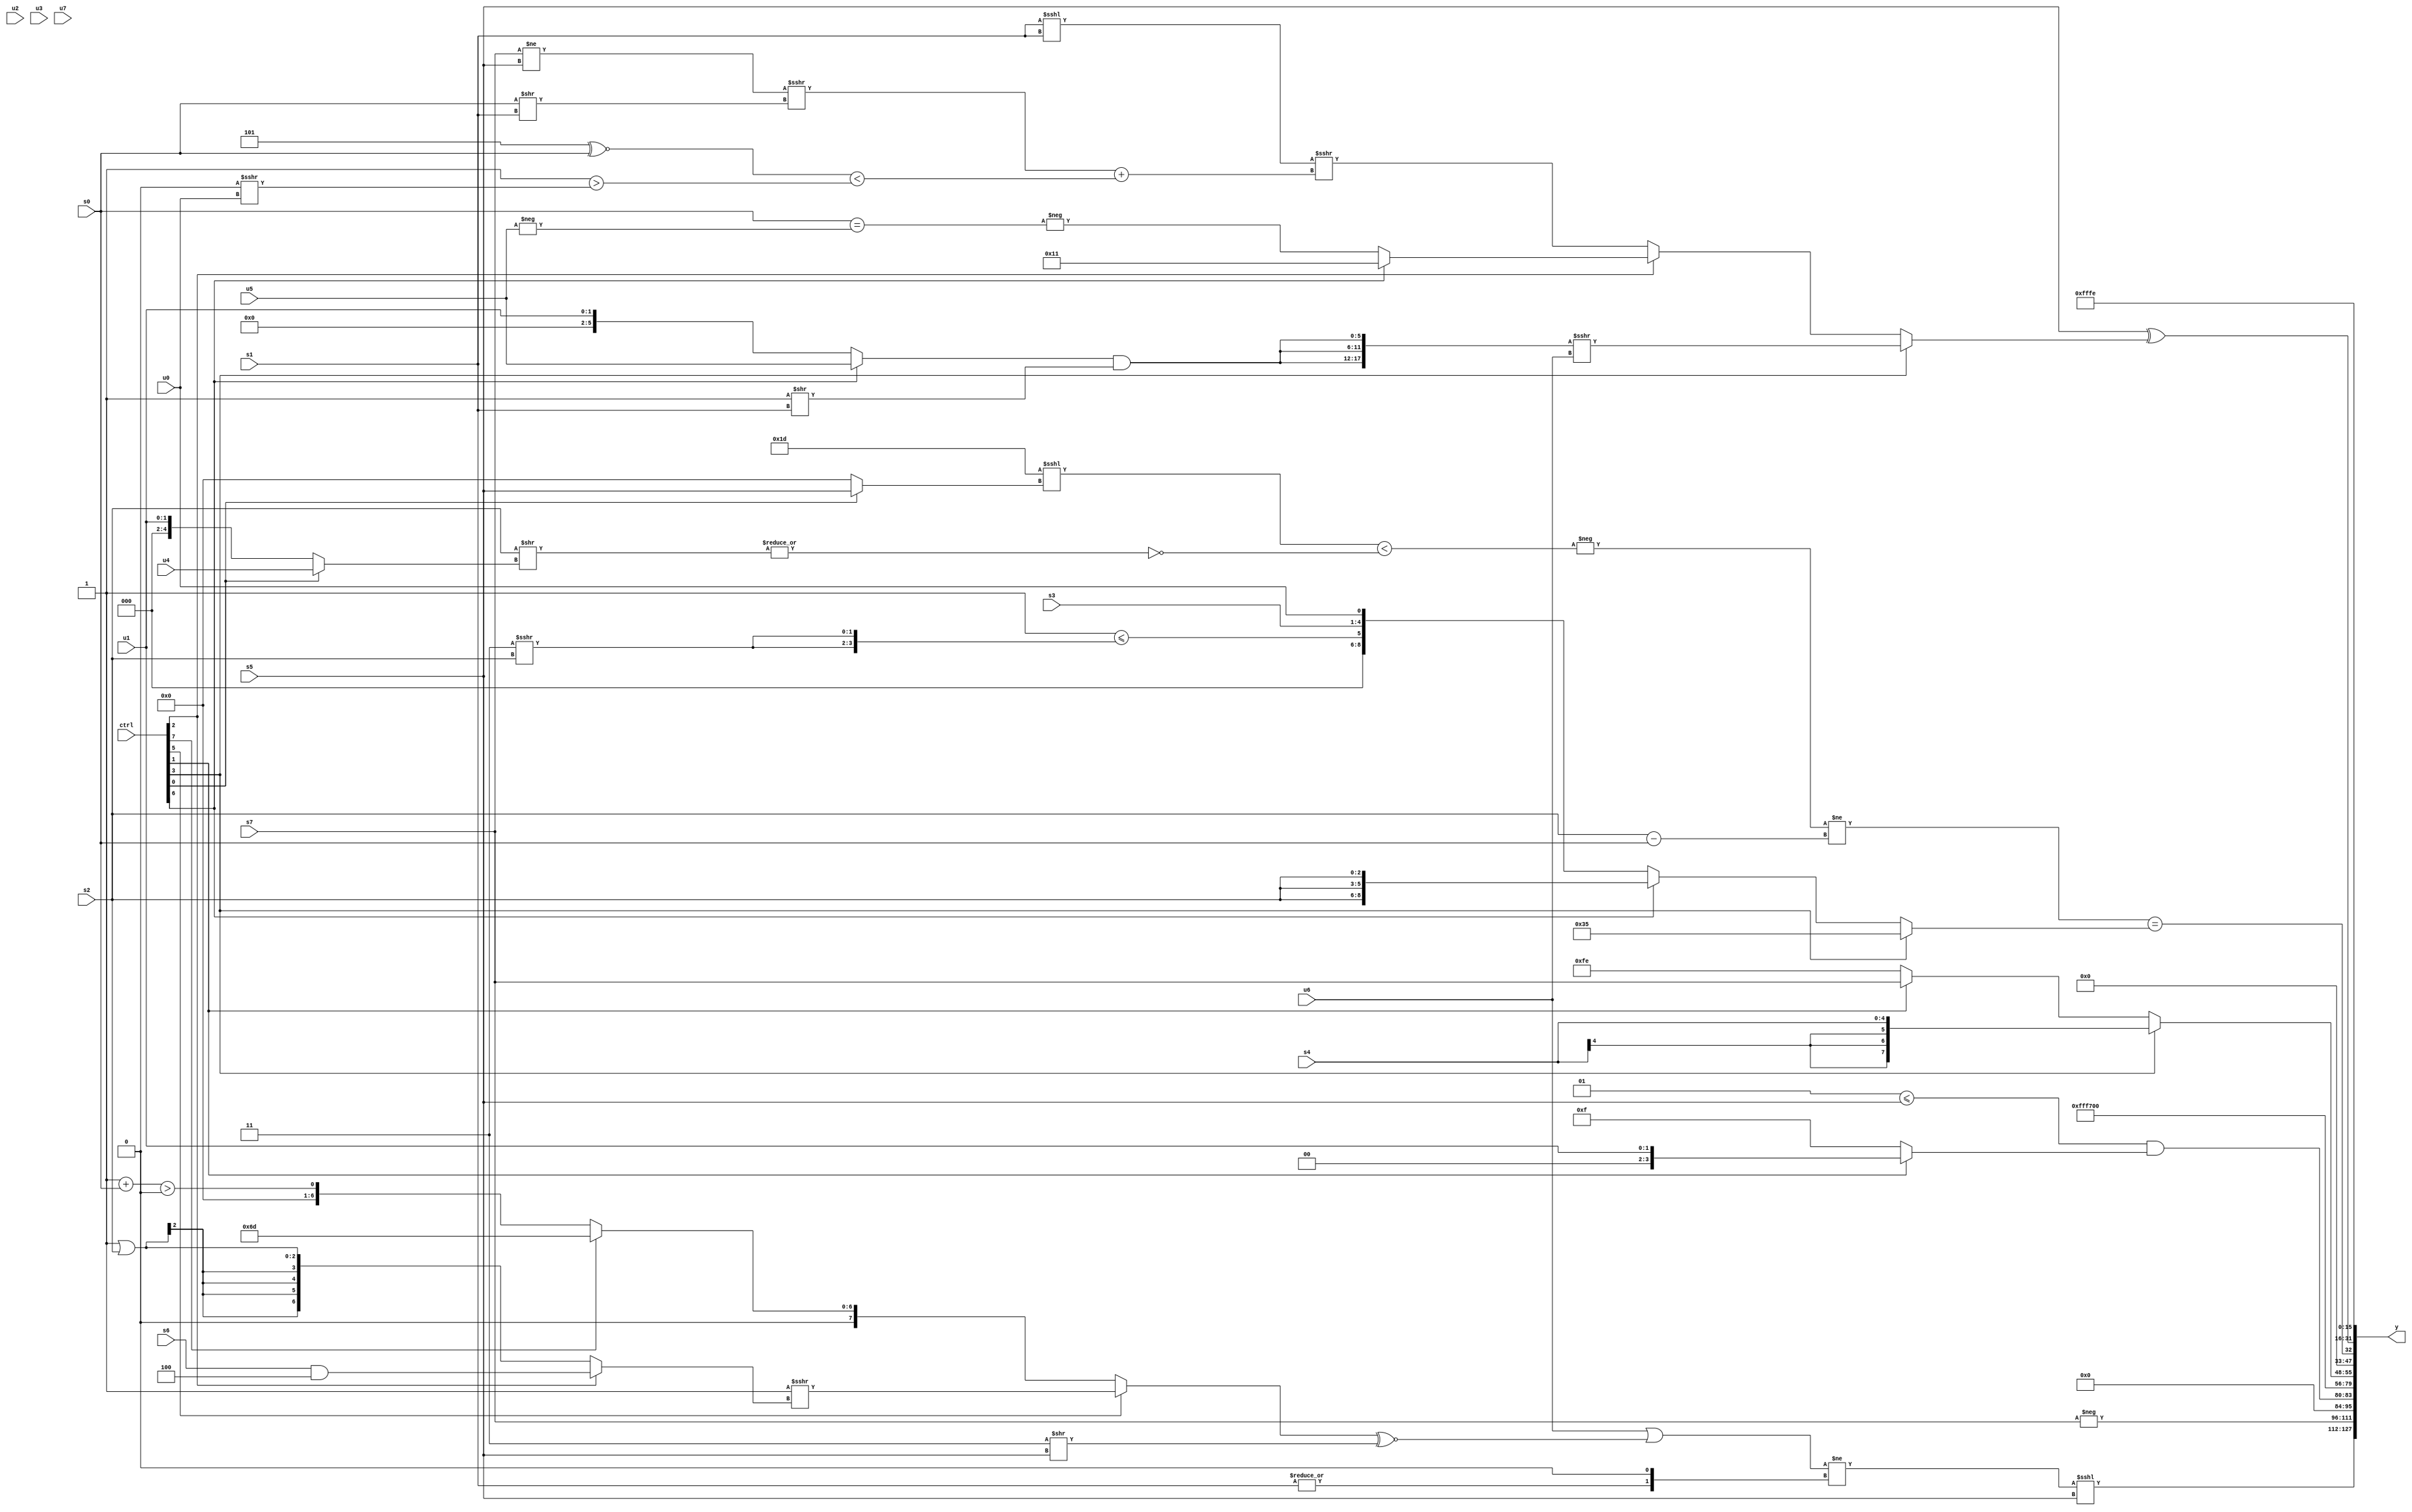
module wideexpr_00986(ctrl, u0, u1, u2, u3, u4, u5, u6, u7, s0, s1, s2, s3, s4, s5, s6, s7, y);
  input [7:0] ctrl;
  input [0:0] u0;
  input [1:0] u1;
  input [2:0] u2;
  input [3:0] u3;
  input [4:0] u4;
  input [5:0] u5;
  input [6:0] u6;
  input [7:0] u7;
  input signed [0:0] s0;
  input signed [1:0] s1;
  input signed [2:0] s2;
  input signed [3:0] s3;
  input signed [4:0] s4;
  input signed [5:0] s5;
  input signed [6:0] s6;
  input signed [7:0] s7;
  output [127:0] y;
  wire [15:0] y0;
  wire [15:0] y1;
  wire [15:0] y2;
  wire [15:0] y3;
  wire [15:0] y4;
  wire [15:0] y5;
  wire [15:0] y6;
  wire [15:0] y7;
  assign y = {y0,y1,y2,y3,y4,y5,y6,y7};
  assign y0 = (((u6)|(((ctrl[5]?(2'b01)>>>((ctrl[2]?(s6)&(5'sb11100):(1'sb1)|(s2))):(ctrl[7]?{{1{2'sb01}},{2{3'sb101}}}:((1'sb1)+(s0))>(1'sb0))))^~(($unsigned(2'sb11))>>(s5))))!=((|(s1))<<(+(2'sb01))))<<<(s5);
  assign y1 = -(s7);
  assign y2 = ((2'sb01)<=(s5))&((ctrl[1]?u1:5'sb01111));
  assign y3 = 5'sb10111;
  assign y4 = $unsigned((ctrl[3]?$signed(s4):(ctrl[1]?$signed(s7):2'sb10)));
  assign y5 = ($unsigned(~^(~&({1{+(+((s5)>>($unsigned(5'sb11110))))}}))))|((+((-(({1{((2'sb10)-(6'sb100001))<<<((ctrl[0]?s5:1'sb0))}})<(~|((s2)>>((ctrl[0]?u4:u1))))))!=((s2)-($signed($signed(s0))))))==({1{(ctrl[3]?{+(+(4'sb0011)),4'sb0101}:(ctrl[6]?{3{s2}}:{(^(3'sb100))<=({2{(2'b11)>>>(s2)}}),{s3},u0}))}}));
  assign y6 = (s5)^((ctrl[3]?(($signed({3{((ctrl[6]?u5:u1))&((3'b001)>>(s1))}}))>>($signed(&(+((2'b01)-(5'sb11110))))))>>>(u6):(ctrl[2]?(ctrl[6]?6'sb010001:-((s0)==(-(u5)))):(+((s1)<<<(s1)))>>>((|(((s7)!=(s5))>>>((s0)>>(s1))))+((($signed(4'sb0101))^~(s0))<((+(5'sb11111))>((2'sb00)>>>(u0))))))));
  assign y7 = 6'sb111110;
endmodule